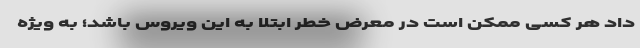
داد هر کسی ممکن است در معرض خطر ابتلا به این ویروس باشد؛ به ویژه